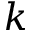
k